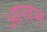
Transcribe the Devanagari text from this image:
आस्रम